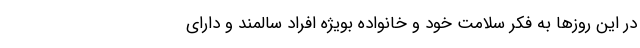
در این روز‌ها به فکر سلامت خود و خانواده بویژه افراد سالمند و دارای